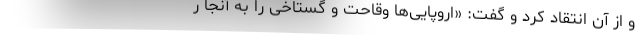
و از آن انتقاد کرد و گفت: «اروپایی‌ها وقاحت و گستاخی را به آنجا ر